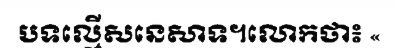
បទល្មើសនេសាទ។លោកថា៖ «